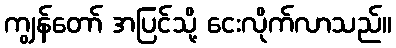
ကျွန်တော် အပြင်သို့ ငေးလိုက်လာသည်။